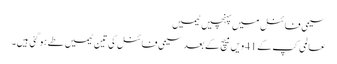
سیمی فائنل میں پہنچیں ٹیمیں
عالمی کپ کے 41 ویں میچ کے بعد سیمی فائنل کی تین ٹیمیں طے ہوگئی ہیں۔